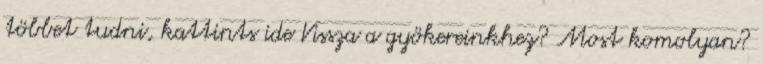
többet tudni, kattints ide Vissza a gyökereinkhez? Most komolyan?